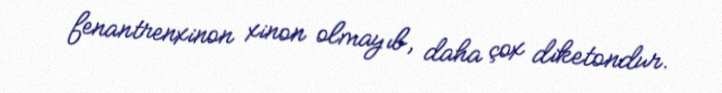
fenantrenxinon xinon olmayıb, daha çox diketondur.